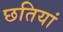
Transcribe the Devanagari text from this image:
छतियां